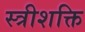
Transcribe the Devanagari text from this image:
स्त्रीशक्ति